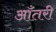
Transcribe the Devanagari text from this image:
आँतरी